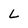
Character: L